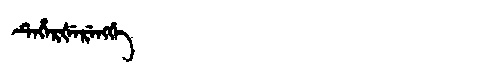
Manchu: ᡨᡝᡥᡝᡵᡧᡝᡵᡝᠩᡤᡝ
Romanization: TEHERŠERENGGE